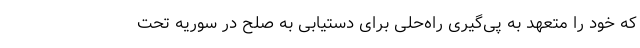
که خود را متعهد به پی‌گیری راه‌حلی برای دستیابی به صلح در سوریه تحت